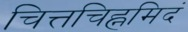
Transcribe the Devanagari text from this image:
चित्तचिह्नमिदं